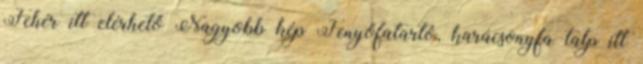
Fehér itt elérhető Nagyobb kép Fenyőfatartó, karácsonyfa talp itt